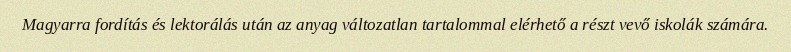
Magyarra fordítás és lektorálás után az anyag változatlan tartalommal elérhető a részt vevő iskolák számára.